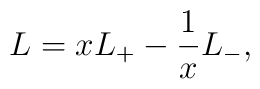
L = x L_+ - \frac{1}{x} L_-,